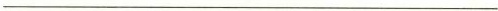
___